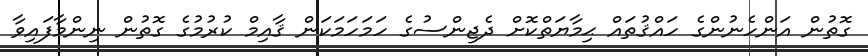
ގޮތުން އަންހެނުންގެ ހައްޤުތައް ޙިމާޔަތްކޮށް ދެޖިންސުގެ ހަމަހަމަކަން ޤާއިމް ކުރުމުގެ ގޮތުން ނިންމާފައިވާ